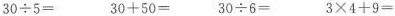
$$3 0 \div 5 =$$ $$3 0 + 5 0 =$$ $$3 0 \div 6 =$$ $$3 \times 4 + 9 =$$